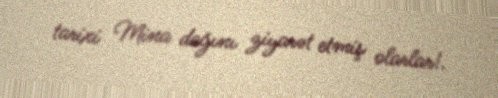
tarixi Mina dağını ziyarət etmiş olarlar!.